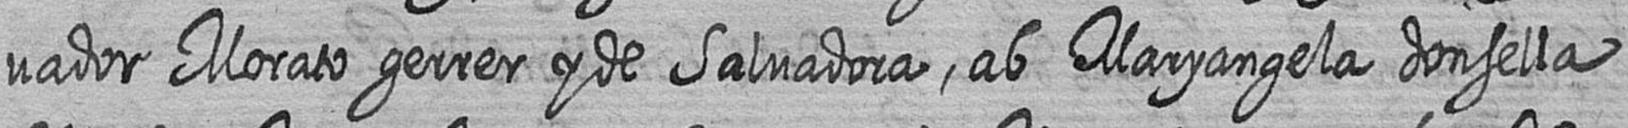
vador Morato gerrer y de Salvadora ab Maryangela donsella